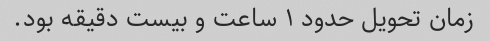
زمان تحویل حدود ۱ ساعت و بیست دقیقه بود.